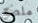
ملصق